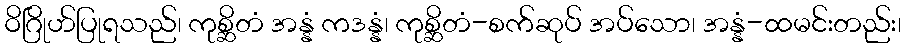
ဝိဂြိုဟ်ပြုရသည်၊ ကုစ္ဆိတံ အန္နံ ကဒန္နံ၊ ကုစ္ဆိတံ-စက်ဆုပ် အပ်သော၊ အန္နံ-ထမင်းတည်း၊